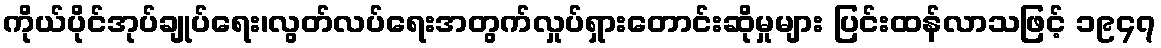
ကိုယ်ပိုင်အုပ်ချုပ်ရေး၊လွတ်လပ်ရေးအတွက်လှုပ်ရှားတောင်းဆိုမှုများ ပြင်းထန်လာသဖြင့် ၁၉၄၇